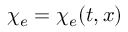
\chi _ { e } = \chi _ { e } ( t , x )